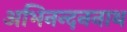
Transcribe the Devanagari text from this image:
अभिनन्दननाथ